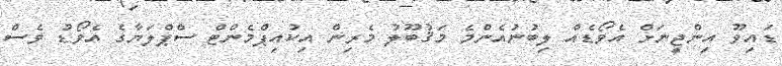
ޑައިވޫ އިންޖީނަށް އެވޯޑެއް ލިބުނުއެންމެ މަޤުބޫލު މެރިން އިކުއިޕްމެންޓް ސްޕްލަޔާގެ އެވޯޑު ވެސް